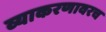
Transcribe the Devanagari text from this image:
व्याकरणावरच